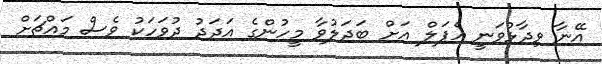
އޭނާ ވިދާޅުވަނީ އެޕަލް އަށް ބަދަލުވާ މީހުންގެ އަދަދު ދުވަހަކު ވެސް މައްޗަށް